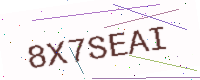
Text: 8X7SEAI